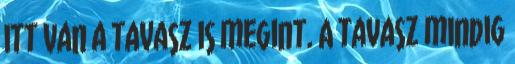
itt van a tavasz is megint. A tavasz mindig